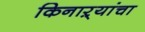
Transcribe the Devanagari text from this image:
किनाऱ्‍यांचा